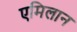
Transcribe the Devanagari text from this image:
एमिलान